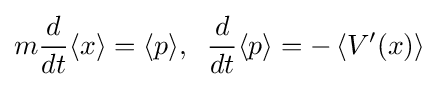
m{\frac {d}{dt}}\langle x\rangle =\langle p\rangle ,\;\;{\frac {d}{dt}}\langle p\rangle =-\left\langle V'(x)\right\rangle ~